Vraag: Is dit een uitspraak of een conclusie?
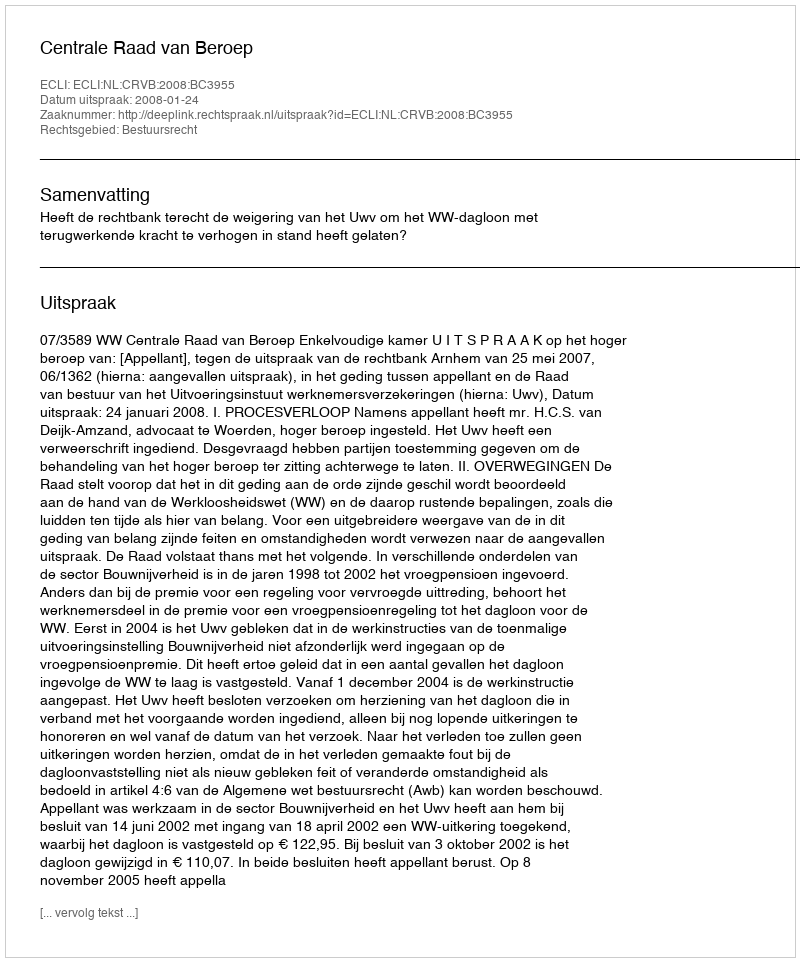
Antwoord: Uitspraak